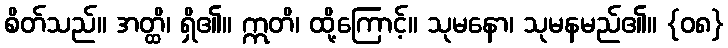
စိတ်သည်။ အတ္ထိ၊ ရှိ၏။ ဣတိ၊ ထို့ကြောင့်။ သုမနော၊ သုမနမည်၏။ {၀၈}